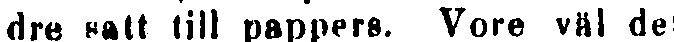
dre satt till pappers. Vore väl det